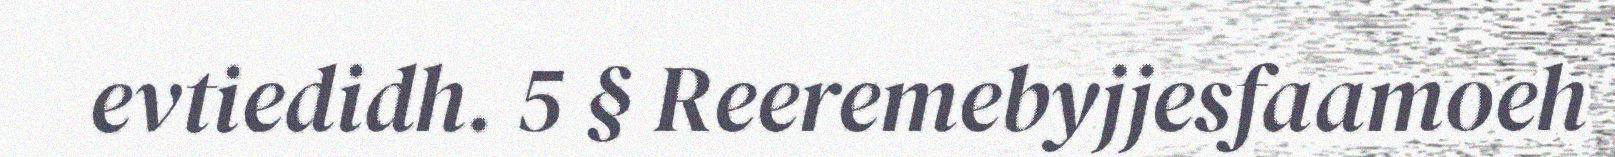
evtiedidh. 5 § Reeremebyjjesfaamoeh